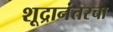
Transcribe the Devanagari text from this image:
शूद्रानंतरचा